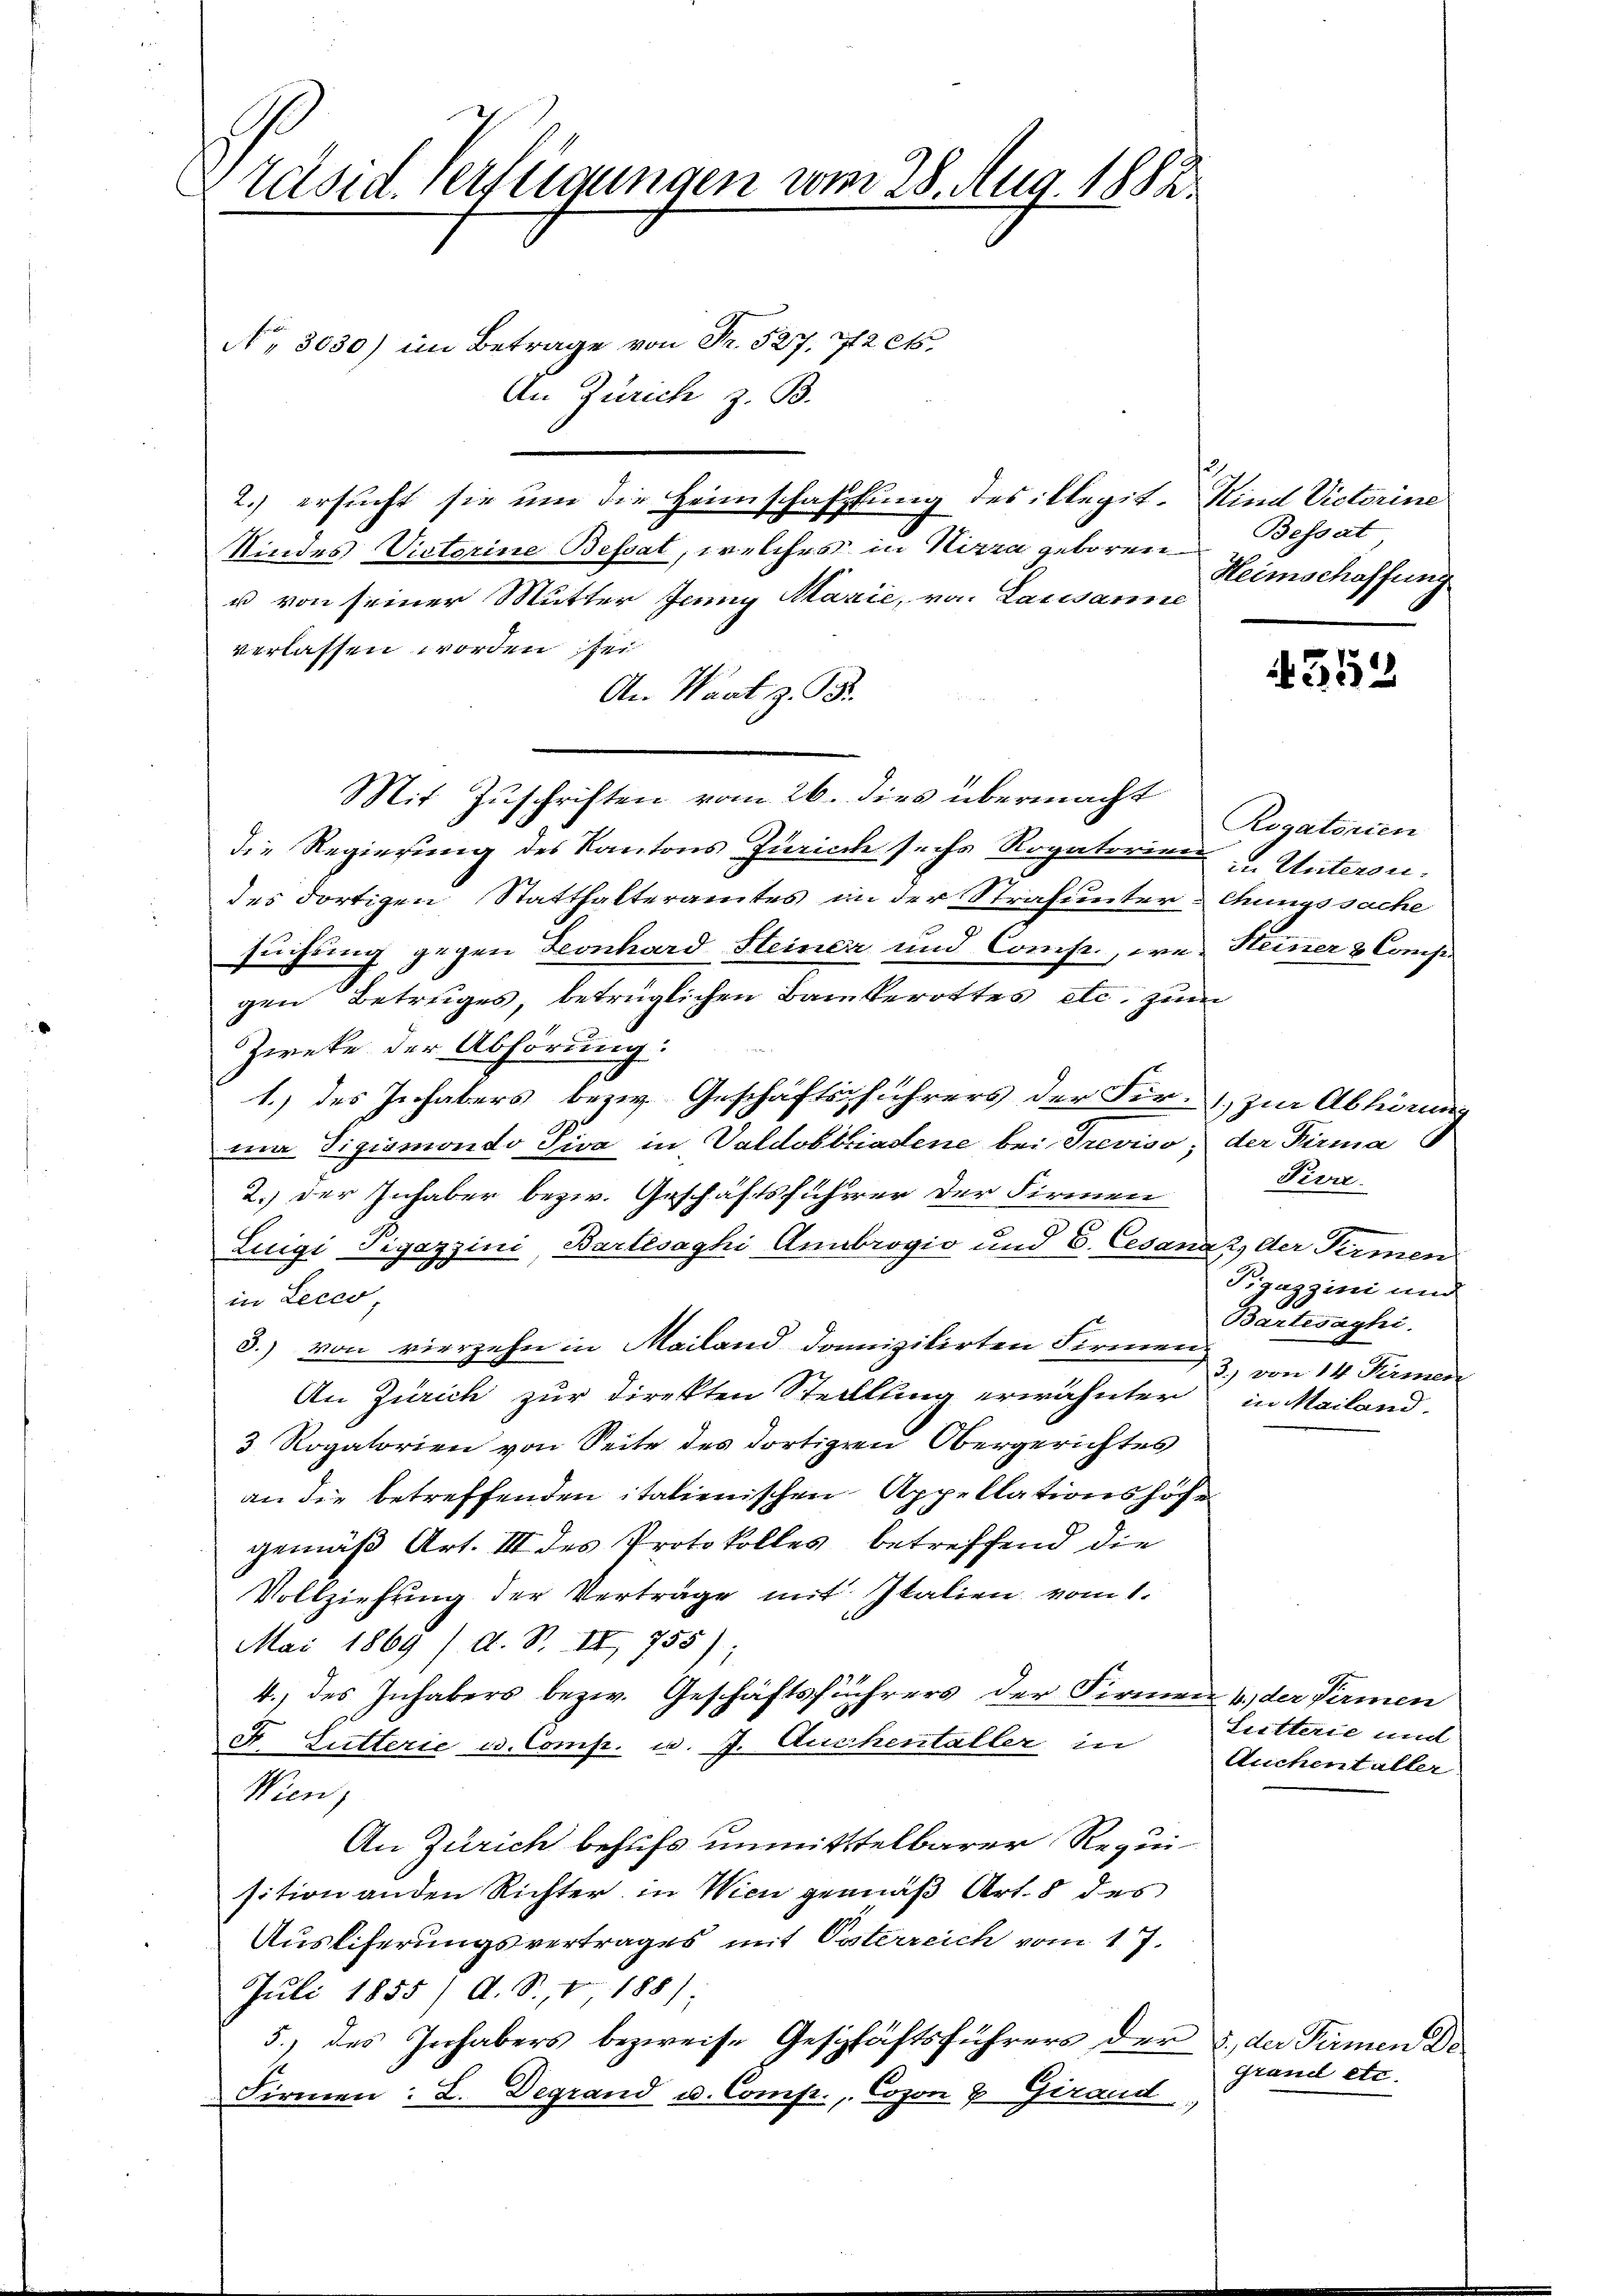
Präsid. Verteigungen vom 28. Aug. 1882.

No 3030) im Betrage von Fr. 527. 42 et.
An Zürich z. B.
2.) ersucht sie um die Heimschaffung des illegit. Kind Victorine
Kindes Victorine Beftat, welches in Nizza geboren
u von seiner Mutter Jenny Marie, von Lausanne
verlassen worden sei
An Waat z. B.
Mit Zuschriften vom 26. dies übermacht
die Regierung des Kantons Zürich sechs Rogatorien u. Untersudes dortigen Statthalteramtes in der Strafunter & Chungssache
suchung gegen Leonhard Steiner und Comp., wen Heiner & Compegen Betruges, betrüglichen Bankerottes etc. zum
Zweke der Abhörung:
1.) des Inhabers bezw. Geschäftsführers der Fir- zur Abhörung
mia Sigismondo Piva in Valdobbriadene bei Treviso, der Firma 6
2.) Der Inhaber bezw. Geschäftsführer der Firmen
Luigi Pigazzini, Bartesaghi Annbrogio und 6. Cesana 2 der Firmen
in Lecer
3.) von vierzehn in Mailand domizilirten Firmen
An Zürich zur Direkten Stellung erwähnter in Mailand.
3 Rogatorien von Seite des dortigen Obergerichtes
an die betreffenden italienischen Appellationshofe
2
gemäß Art. III des Protokolles betreffend die
Vollziehung der Verträge mit Italien vom 1.
Mai 1869 /d. S. II 755);
4. des Inhabers bezw. Geschäftsführers der Firmen (der Firmen
F Lutterie u. Comp. u. J. Auchentaller in
Wien,
An Zürich behufs unmittelbarer Requisition anden Richter in Wien gemäß Art. 8 des
Auslieferungsvertrages mit Osterreich vom 17.
Juli 1855/ A. S. 188).
5.) des Inhabers bezweife Geschäftsführers der 2, der Pirmen De
Firmen: L. Degrand u. Comp., Copon & Girand

12
Bessat
Heimschaffung

352

Rogatorien

Pivre

Piguggini und
Bartesaghi
3.) von 14 Pirmen

Sutterie und
Auchentaller

Grand etc.